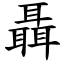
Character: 聶